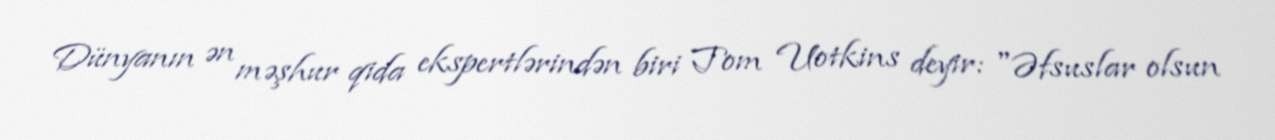
Dünyanın ən məşhur qida ekspertlərindən biri Tom Uotkins deyir: "Əfsuslar olsun